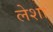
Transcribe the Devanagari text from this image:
लेशा